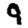
Digit: 9